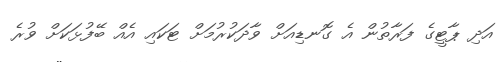
އަދި ޕާޓީގެ ފަރާތުން އެ ގޮނޑިއަށް ވާދަކުރުމަށް ޓަކައި އެއް ބޭފުޅަކަށް ވުރެ